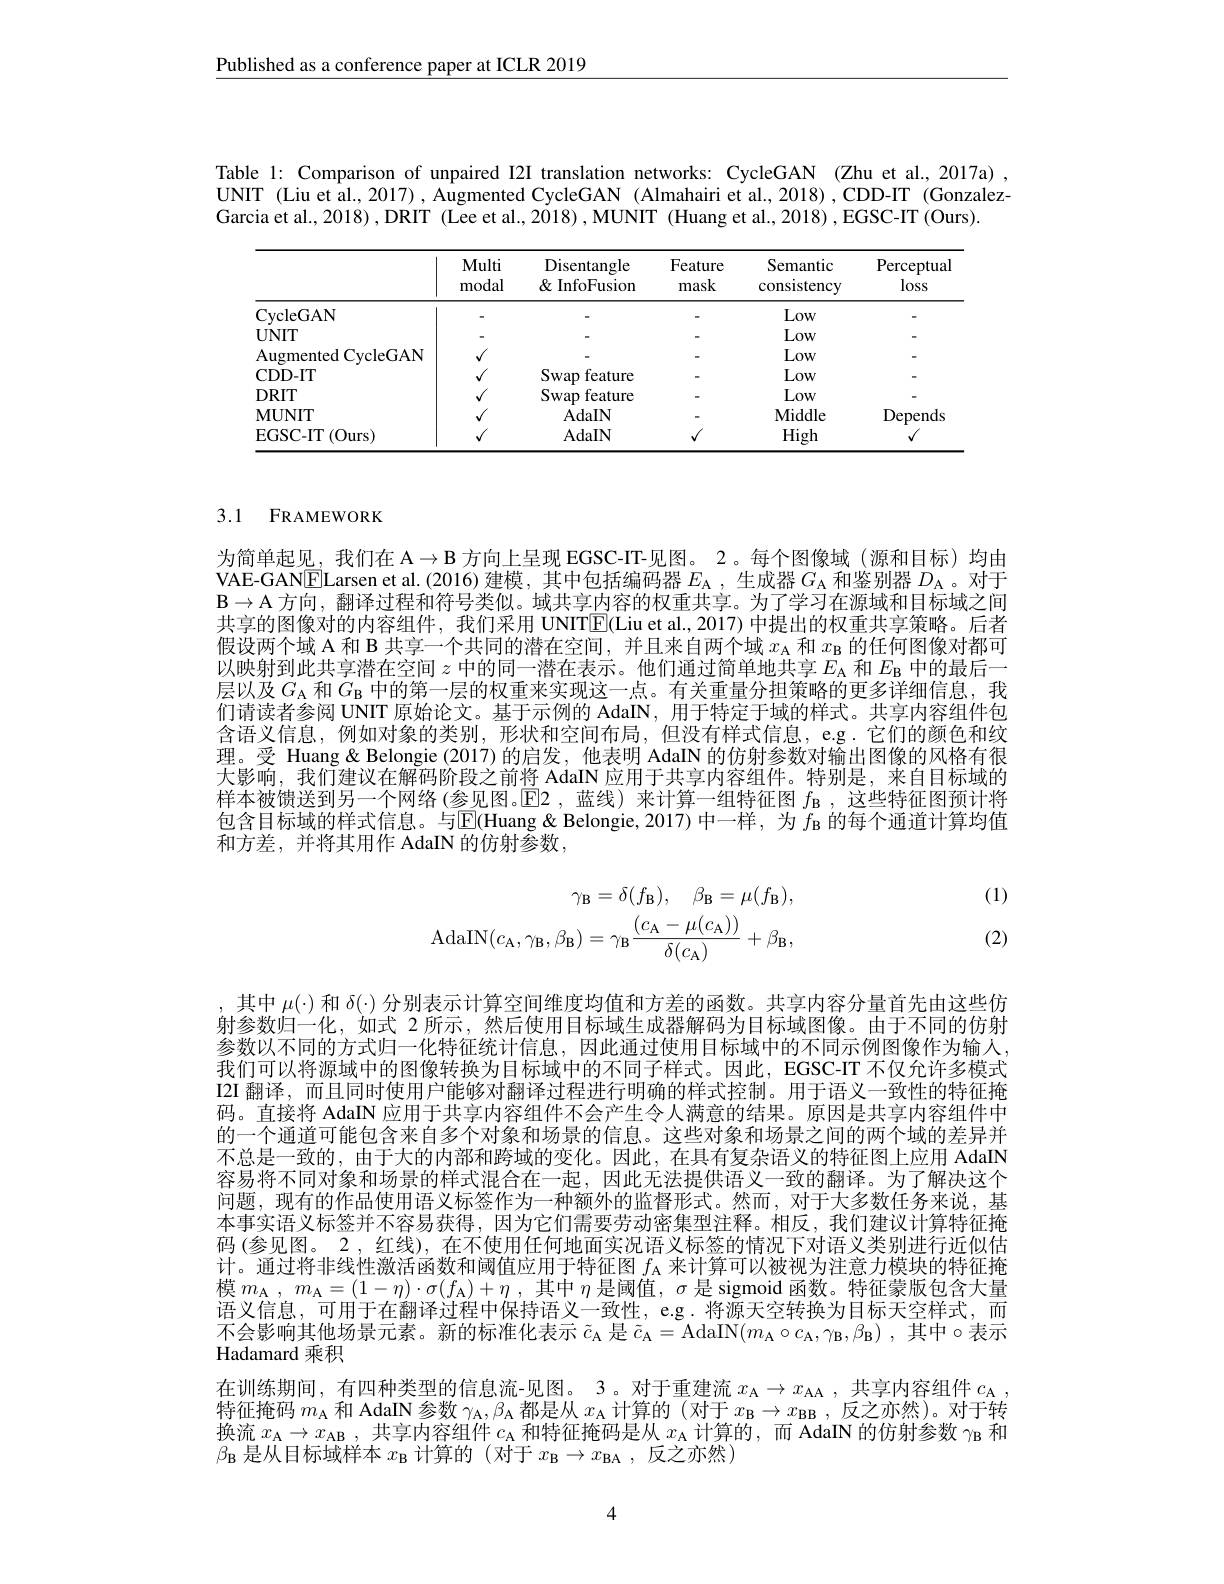
Published as a conference paper at ICLR 2019

Table 1: Comparison of unpaired I2I translation networks: CycleGAN (Zhu et al.,2017a) UNIT (Liu et al., 2017) , Augmented CycleGAN (Almahairi et al., 2018) , CDD-IT (GonzalezGarcia et al., 2018) , DRIT ( Lee et al., 2018) , MUNIT (Huang et al., 2018) , EGSC-IT (Ours).

<table>
	<tbody>
		<tr>
			<th> </th>
			<th>Multi modal</th>
			<th>Disentangle $\&$ InfoFusion</th>
			<th>Feature mask</th>
			<th>Semantic consistency</th>
			<th>Perceptual $\log$ss</th>
		</tr>
		<tr>
			<td>CycleGAN</td>
			<td> </td>
			<td> </td>
			<td> </td>
			<td>Low</td>
			<td> </td>
		</tr>
		<tr>
			<td>$UNIT$</td>
			<td> </td>
			<td> </td>
			<td> </td>
			<td>Low</td>
			<td> </td>
		</tr>
		<tr>
			<td>Augmented CycleGAN</td>
			<td>$\sqrt{1}$</td>
			<td> </td>
			<td> </td>
			<td>Low</td>
			<td> </td>
		</tr>
		<tr>
			<td>CDD- IT</td>
			<td>$\sqrt{1}$</td>
			<td>Swap feature</td>
			<td> </td>
			<td>Low</td>
			<td> </td>
		</tr>
		<tr>
			<td>DRIT</td>
			<td> </td>
			<td>Swap feature</td>
			<td> </td>
			<td>Low</td>
			<td> </td>
		</tr>
		<tr>
			<td>MUNIT</td>
			<td> </td>
			<td>AdaIN</td>
			<td> </td>
			<td>Middle</td>
			<td>Depends</td>
		</tr>
		<tr>
			<td>EGSC-IT (Ours)</td>
			<td>$r$</td>
			<td>AdaIN</td>
			<td> </td>
			<td>High</td>
			<td> </td>
		</tr>
	</tbody>
</table>

## 3.1 FRAMEWORK

为简单起见，我们在 A$\to\mathcal{B}$方向上呈现 EGSC-IT-见图。2。每个图像域 (源和目标)均由VAE-GAN$\boxed{\mathrm{E}}$Larsen et al.(2016)建模，其中包括编码器$E_\mathrm{A}$ ,生成器$G_\mathrm{A}$和鉴别器$D_\mathrm{A}$ 。对于$\mathcal{B}\to\mathcal{A}$方向，翻译过程和符号类似。域共享内容的权重共享。为了学习在源域和目标域之间共享的图像对的内容组件，我们采用 UNIT$\mathbb{E}($Liu et al.,2017) 中提出的权重共享策略。后者假设两个域 A 和 B 共享一个共同的潜在空间，并且来自两个域$x_\mathrm{A}$和$x_\mathrm{B}$的任何图像对都可以映射到此共享潜在空间$z$中的同一潜在表示。他们通过简单地共享$E_\mathrm{A}$和$E_\mathrm{B}$中的最后一层以及$G_\mathrm{A}$和$G_\mathrm{B}$中的第一层的权重来实现这一点。有关重量分担策略的更多详细信息，我们请读者参阅 UNIT 原始论文。基于示例的 AdaIN, 用于特定于域的样式。共享内容组件包含语义信息，例如对象的类别，形状和空间布局，但没有样式信息，e.g.它们的颜色和纹理。受 Huang& Belongie (2017)的启发，他表明 AdaIN 的仿射参数对输出图像的风格有很大影响，我们建议在解码阶段之前将 AdaIN 应用于共享内容组件。特别是，来自目标域的样本被馈送到另一个网络 (参见图。$\mathbb{E}$2,蓝线)来计算一组特征图$f_\mathrm{B}$ ,这些特征图预计将包含目标域的样式信息。与$\underline{\mathrm{E}}($Huang &Belongie,2017)中一样，为 $f_{\mathrm{B}}$ 的每个通道计算均值和方差，并将其用作 AdaIN 的仿射参数，

(1)
$$\begin{aligned}\gamma_{\mathbf{B}}=\delta(f_{\mathbf{B}}),\quad\beta_{\mathbf{B}}=\mu(f_{\mathbf{B}}),\\\mathrm{AdaIN}(c_{\mathbf{A}},\gamma_{\mathbf{B}},\beta_{\mathbf{B}})=\gamma_{\mathbf{B}}\frac{(c_{\mathbf{A}}-\mu(c_{\mathbf{A}}))}{\delta(c_{\mathbf{A}})}+\beta_{\mathbf{B}},\end{aligned}$$
(2)

其中$\mu(\cdot)$和$\delta(\cdot)$分别表示计算空间维度均值和方差的函数。共享内容分量首先由这些仿射参数归一化，如式 2 所示，然后使用目标域生成器解码为目标域图像。由于不同的仿射参数以不同的方式归一化特征统计信息，因此通过使用目标域中的不同示例图像作为输入我们可以将源域中的图像转换为目标域中的不同子样式。因此，EGSC-IT 不仅允许多模式I2I 翻译，而且同时使用户能够对翻译过程进行明确的样式控制。用于语义一致性的特征掩码。直接将 AdaIN 应用于共享内容组件不会产生令人满意的结果。原因是共享内容组件中的一个通道可能包含来自多个对象和场景的信息。这些对象和场景之间的两个域的差异并不总是一致的，由于大的内部和跨域的变化。因此，在具有复杂语义的特征图上应用 AdaIN 容易将不同对象和场景的样式混合在一起，因此无法提供语义一致的翻译。为了解决这个问题，现有的作品使用语义标签作为一种额外的监督形式。然而，对于大多数任务来说，基本事实语义标签并不容易获得，因为它们需要劳动密集型注释。相反，我们建议计算特征掩码(参见图。2 ,红线), 在不使用任何地面实况语义标签的情况下对语义类别进行近似估计。通过将非线性激活函数和阈值应用于特征图$f_\mathrm{A}$来计算可以被视为注意力模块的特征掩模$m_{\mathrm{A} }$ , $m_{\mathrm{A} }= ( 1- \eta ) \cdot \sigma ( f_{\mathrm{A} }) + \eta$ ,其中$\eta$是阈值，$\sigma$是 sigmoid 函数。特征蒙版包含大量语义信息，可用于在翻译过程中保持语义一致性，e.g.将源天空转换为目标天空样式，而不会影响其他场景元素。新的标准化表示 $\tilde{c}_\mathrm{A}$ 是 $\tilde{c}_\mathrm{A}=$AdaIN$(m_\mathrm{A}\circ c_\mathrm{A},\gamma_\mathrm{B},\beta_\mathrm{B})$, 其中$\circ$表示Hadamard 乘积
在训练期间，有四种类型的信息流-见图。3。对于重建流$x_\mathrm{A}\to x_\mathrm{AA}$ ,共享内容组件$c_\mathrm{A}$, 特征掩码$m_\mathrm{A}$和 AdaIN 参数$\gamma_\mathrm{AA},\beta_\mathrm{A}$都是从$x_\mathrm{A}$计算的 (对于$x_\mathrm{B}\to x_\mathrm{BB}$ ,反之亦然)。对于转换流$x_\mathrm{A}\to x_\mathrm{AB}$,共享内容组件$c_\mathrm{A}$和特征掩码是从$x_\mathrm{A}$计算的，而 AdaIN 的仿射参数$\gamma_\mathrm{B}$和$\beta_{\mathrm{B}}$是从目标域样本$x_\mathrm{B}$计算的 (对于$x_\mathrm{B}\to x_\mathrm{BA}$,反之亦然)

4